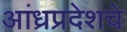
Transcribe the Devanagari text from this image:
आंध्रप्रदेशचे